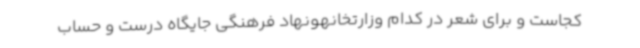
کجاست و برای شعر در کدام وزارتخانهونهاد فرهنگی جایگاه درست و حساب